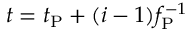
t = t _ { \mathrm { P } } + ( i - 1 ) f _ { \mathrm { P } } ^ { - 1 }